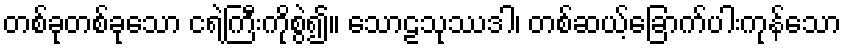
တစ်ခုတစ်ခုသော ငရဲကြီးကိုစွဲ၍။ သောဠသုဿဒါ၊ တစ်ဆယ့်ခြောက်ပါးကုန်သော